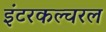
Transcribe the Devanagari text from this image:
इंटरकल्चरल